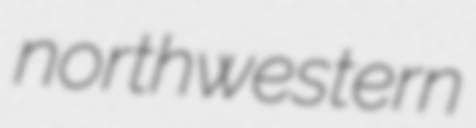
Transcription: northwestern